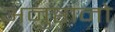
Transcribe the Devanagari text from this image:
अनुष्ठानो